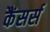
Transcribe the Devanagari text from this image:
कैंसर्स